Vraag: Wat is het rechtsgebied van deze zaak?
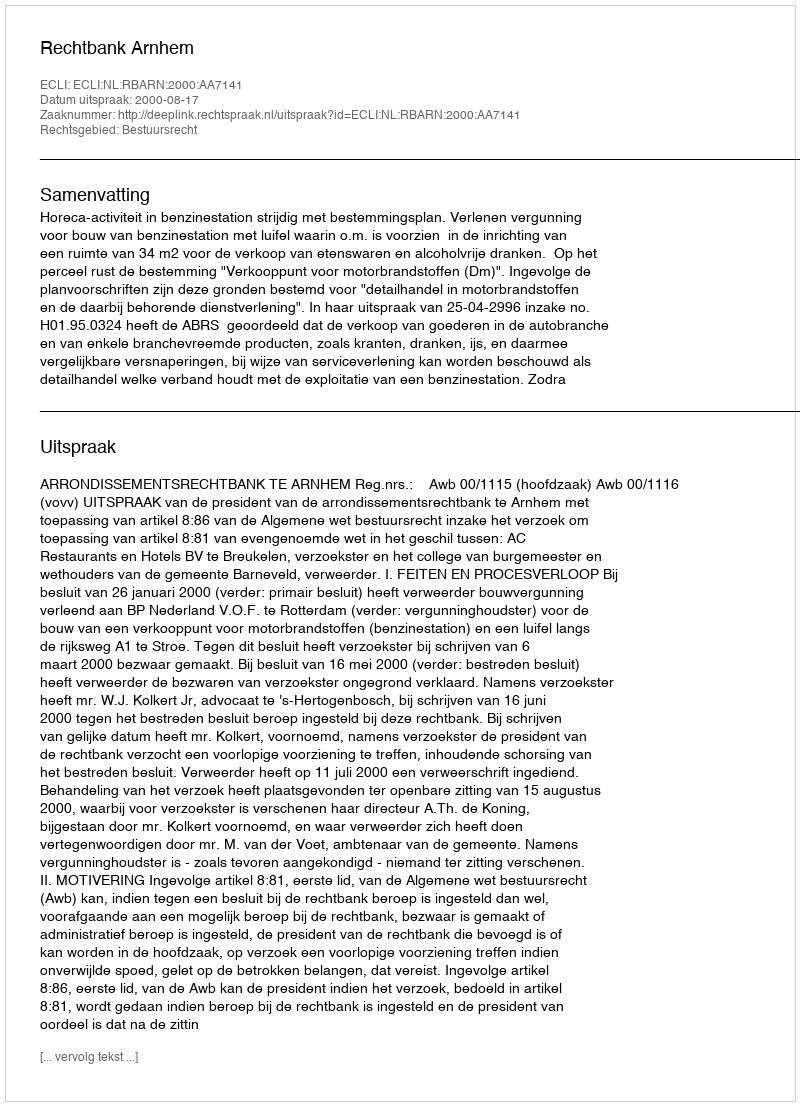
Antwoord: Bestuursrecht